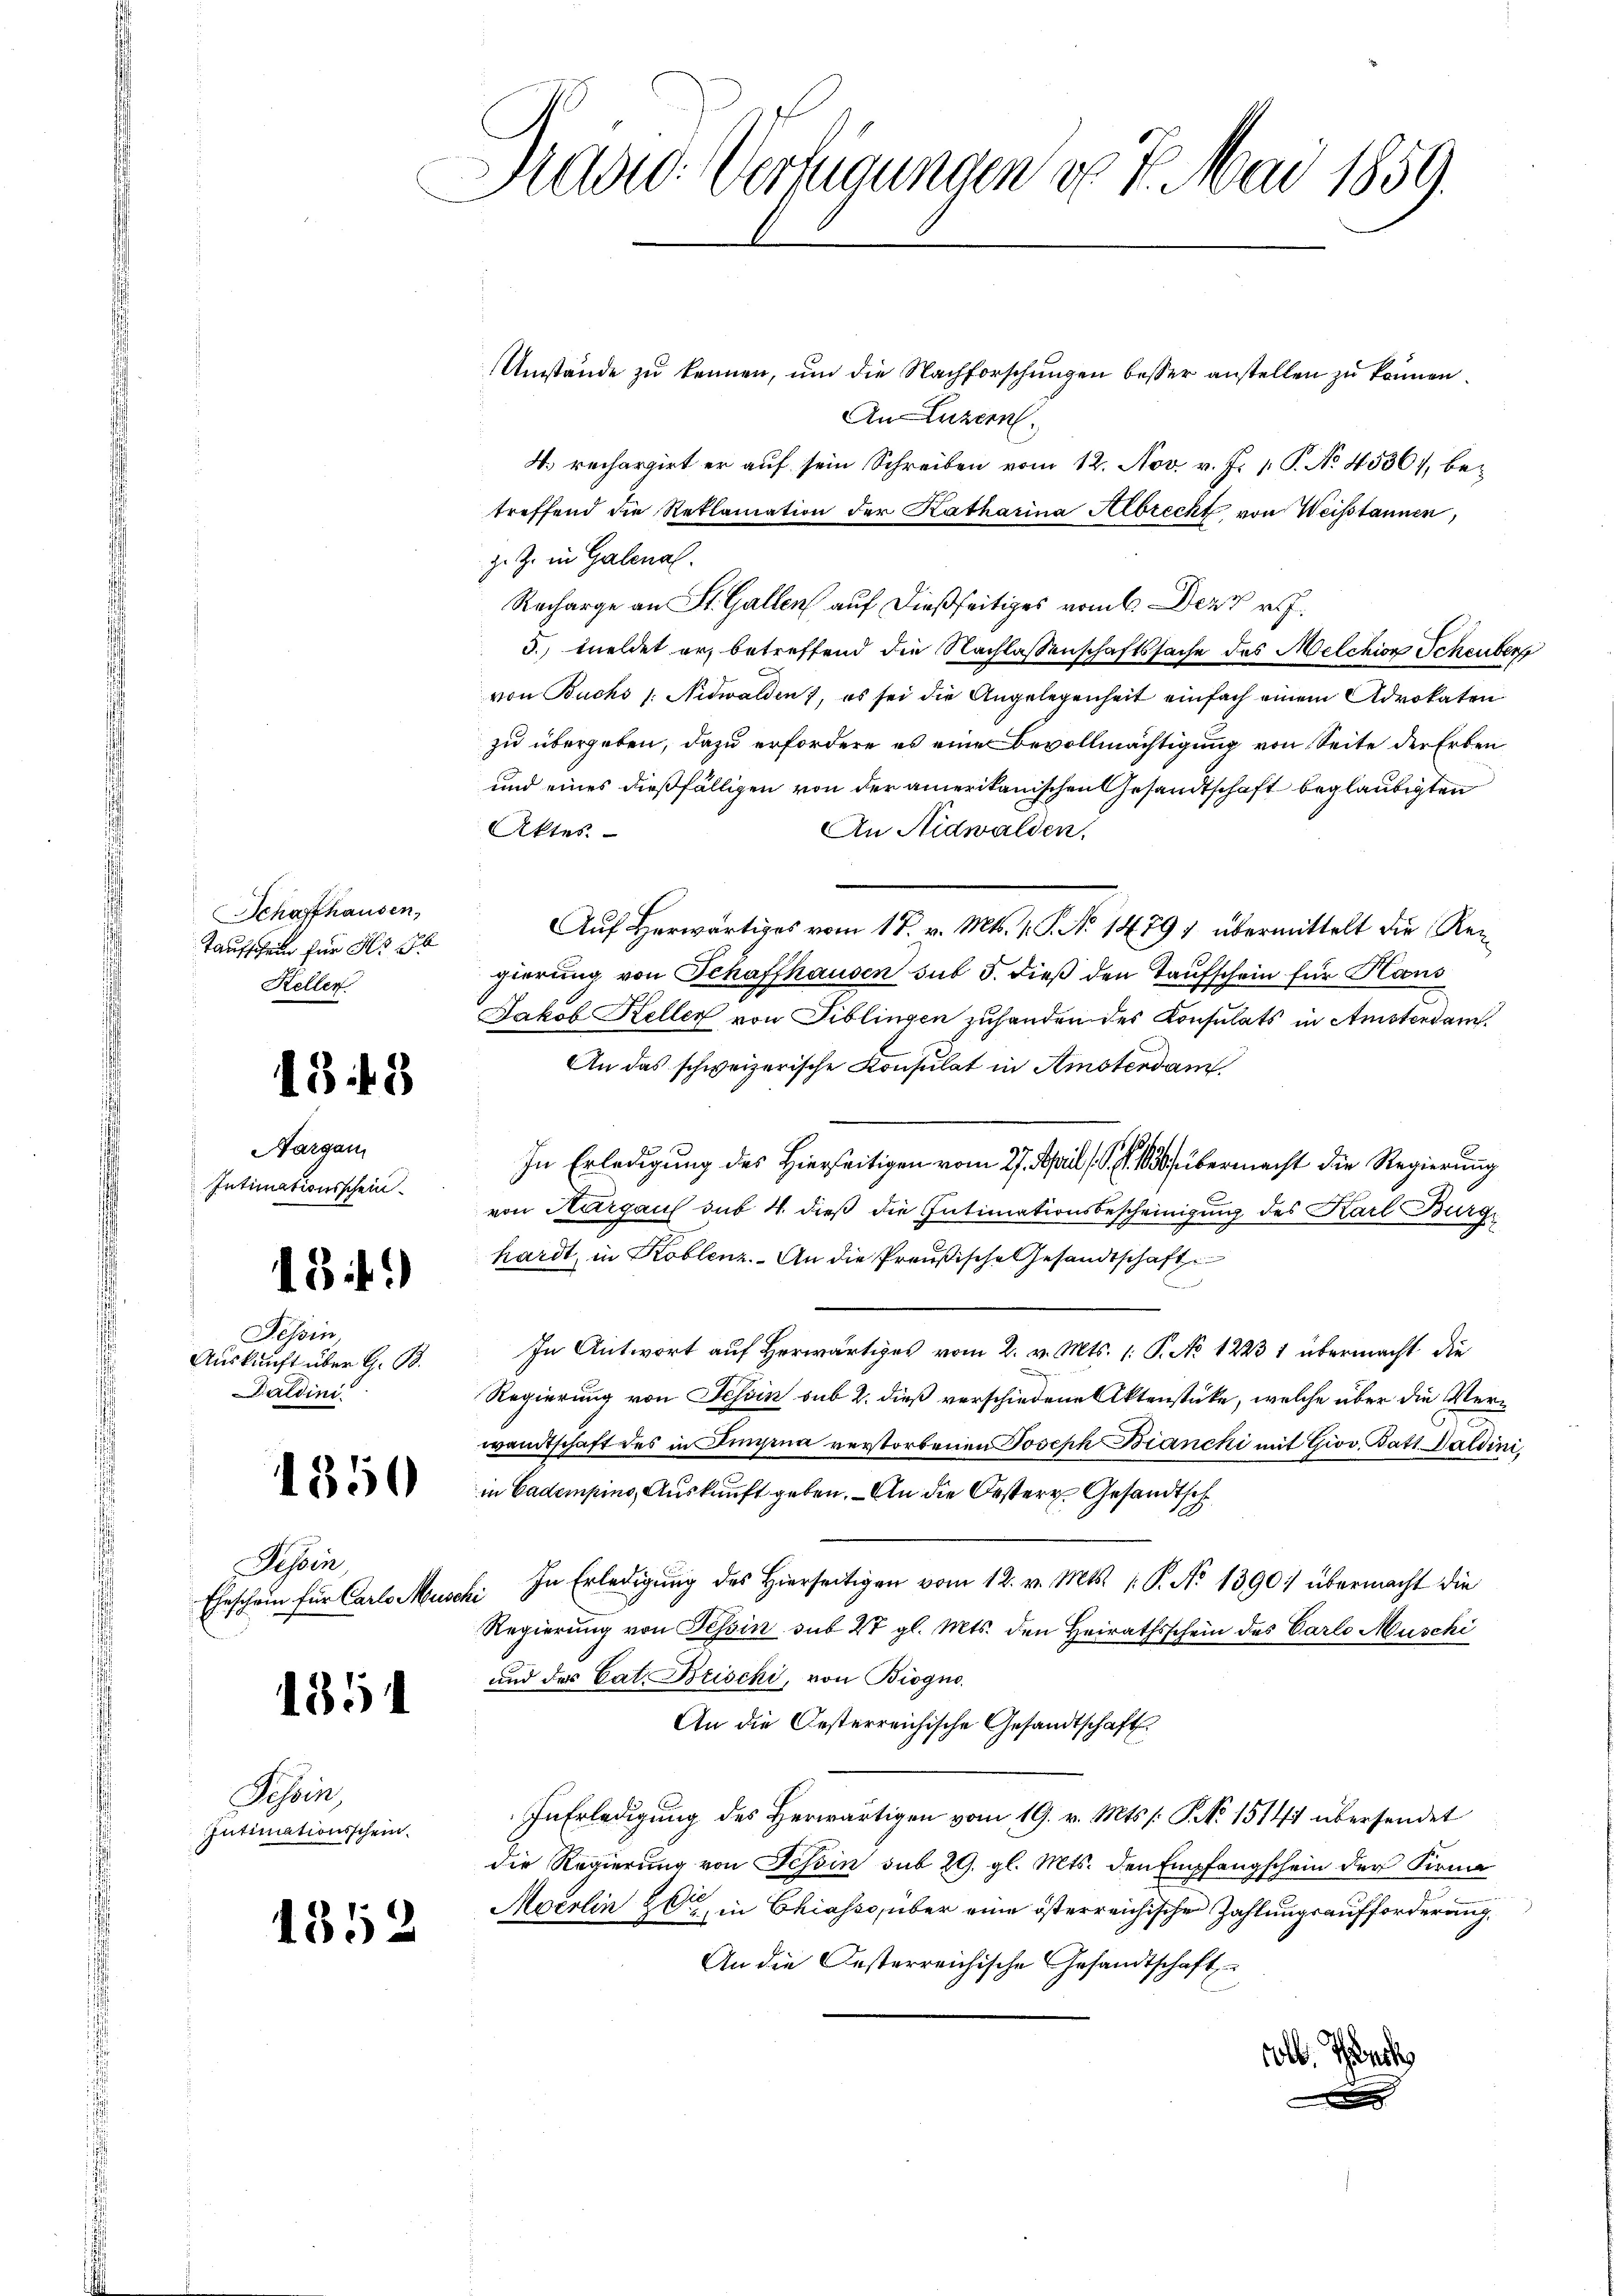
Schaffhausen,
Taufschein für No 26
Kellen

1348

Nargau,
Intimationsschein

8.)

Tessin
Auskunft über G. B.
Daldini

1550

Hessen,

1354

Fessen
Intimationsschein.

1352

Sad: Verfügungen d. 4. Mai 1859.

Umstände zu kennen, um die Nachforschungen besser anstellen zu können.
An Luzern.
4. rechargirt er auf sein Schreiben vom 12. Nov. v. J. 1. P. No. 45361, be-
treffend die Reklamation der Katharina Albrecht von Weistannen,
z. Z. in Galenal.
Recharge an St. Gallen auf dießseitiges vom 6. Der rf.
3. meldet er, betreffend die Nachlassenschaftssache des Melchion Scheuber
von Buchs /: Nidwalden, es sei die Angelegenheit einfach einem Advokaten
zu übergeben, dazu erfordere es eine Bevollmächtigung von Seite der Erben
und eines dießfälligen von der amerikanischen Gesandtschaft beglaubigten
Aktes
An Nidwalden
Auf Herwärtiges vom 17. v. Mts. v. P. No 14791 übermittelt die Reigierung von Schaffhausen sub 5. dieß den Taufschein für Haus
Jakob Keller von Fiblingen zuhanden des Konsulats in Amsterdam.
An das schweizerische Konsulat in Amsterdam
In Erledigung des Hierseitigen vom 27. April (S. 1830 übermacht die Regierung
von Aargaus sub 4. dieß die Intimationsbescheinigung des Karl Burg
hardt, in Koblenz. An die Preußische Gesandtschaft
u
In Antwort auf Herwärtiges vom 2. v. Mts. 1. P. No 1223 1 übermacht die
Regierung von Tessin sub 2. dieß verschiedene Aktenstücke, welche über die Verwandtschaft des in Iingina verstorbenen Joseph Biancki mit Giov. Batt Daldini,
in Cadempino, Auskunft geben. - An die Oesterr. Gesandtsch
Eheschein für Carlo Musch In Erledigŭng des hierseitigen vom 12. v. Mts. 1. P. No 1390. übermacht die
Regierung von Tessin sub 2 gl. Mts. den Heirathsschein des Carlo Muschi
und des Cat. Beischi, von Biogno
An die Oesterreichische Gesandtschaft
In Erledigung des Herwärtigen vom 19. v. Mts. /: P. N. 15141 übersendet
die Regierung von Tessin sub 29. gl. Mts. den Empfangschein der Firma
Mocrlin 20t, in Chiasso über eine österreichische Zahlungsaufforderung,
An die Oesterreichische Gesandtschaft
olb. Teuch